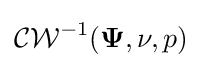
{\mathcal {CW}}^{-1}({\mathbf {\Psi } },\nu ,p)